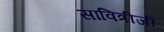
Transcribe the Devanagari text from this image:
सावित्रीजी